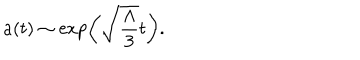
a ( t ) \sim \exp \biggl ( \sqrt { \frac { \Lambda } { 3 } } t \biggr ) .